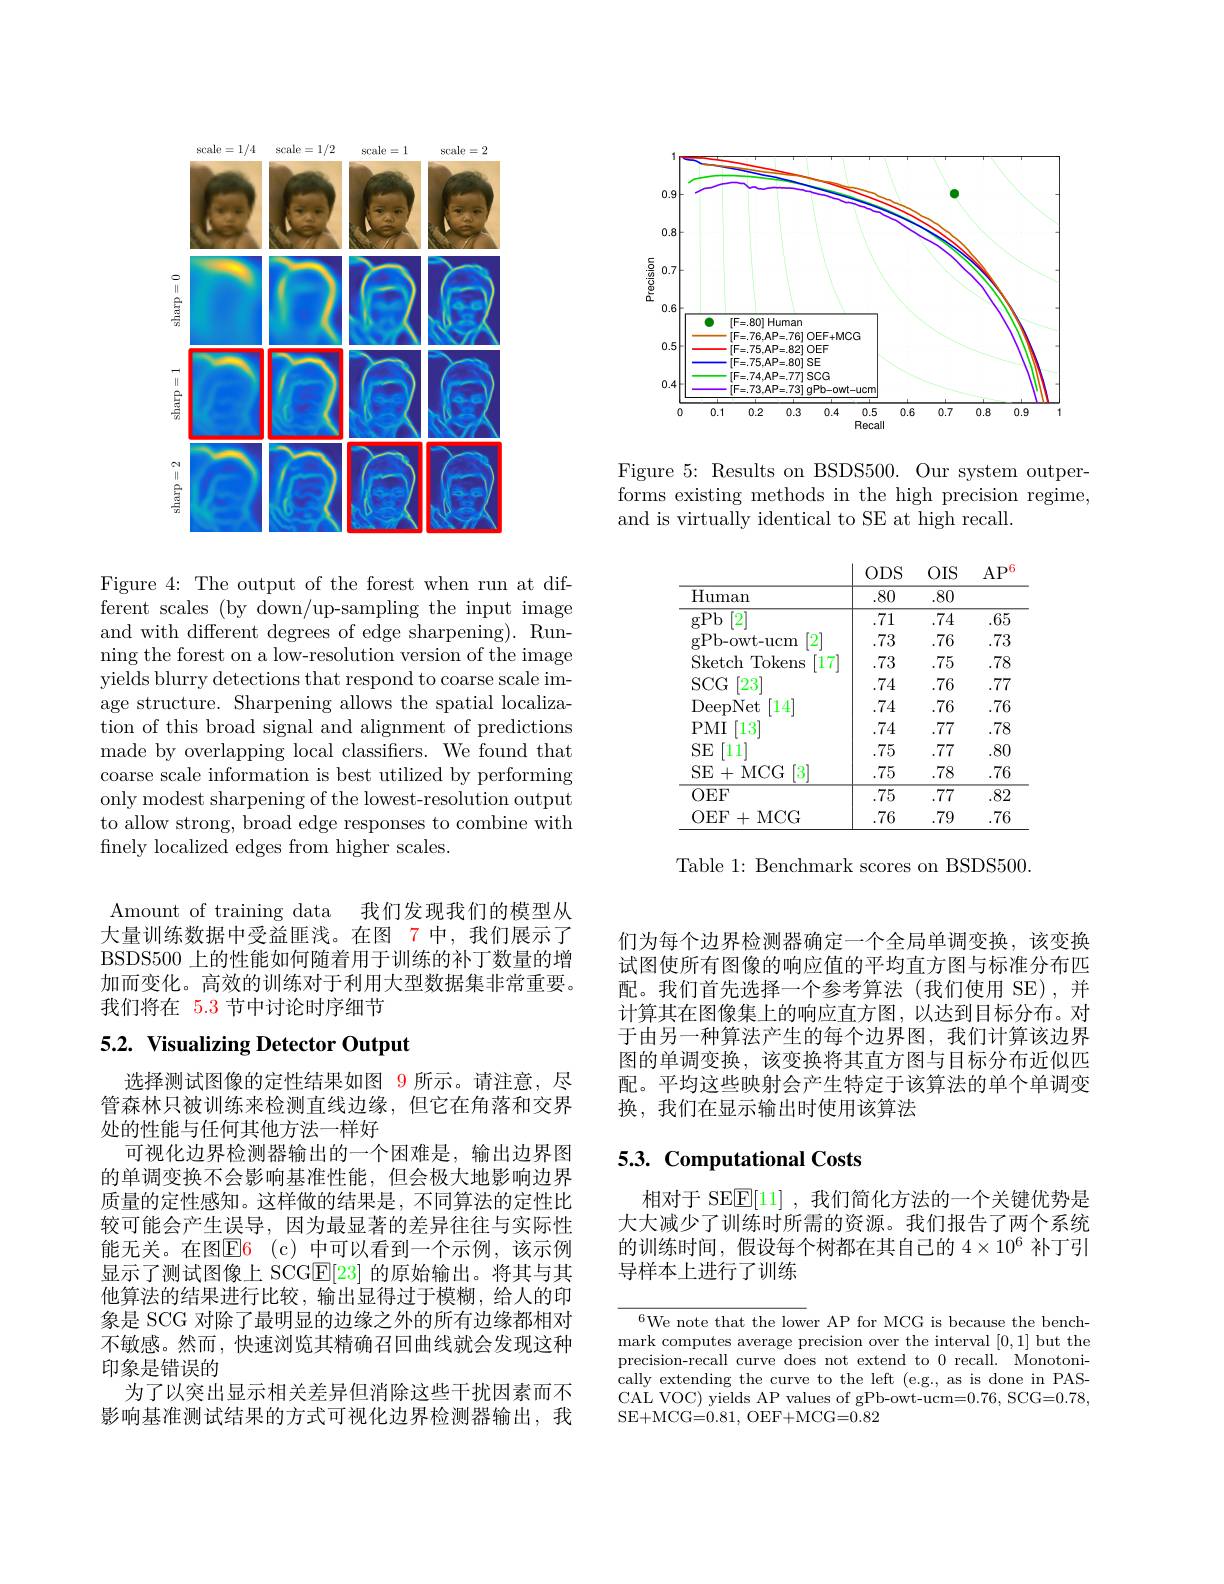
<FigureHere>

Figure 4: The output of the forest when run at different scales (by down/up-sampling the input image and with different degrees of edge sharpening). Running the forest on a low-resolution version of the image yields blurry detections that respond to coarse scale image structure. Sharpening allows the spatial localization of this broad signal and alignment of predictions made by overlapping local classifiers. We found that coarse scale information is best utilized by performing only modest sharpening of the lowest-resolution output to allow strong, broad edge responses to combine with finely localized edges from higher scales.

Amount of training data 我们发现我们的模型从大量训练数据中受益匪浅。在图 7 中，我们展示了BSDS500 上的性能如何随着用于训练的补丁数量的增加而变化。高效的训练对于利用大型数据集非常重要。我们将在 5.3 节中讨论时序细节

## 5.2. Visualizing Detector Output

选择测试图像的定性结果如图 9 所示。请注意，尽管森林只被训练来检测直线边缘，但它在角落和交界处的性能与任何其他方法一样好
可视化边界检测器输出的一个困难是，输出边界图的单调变换不会影响基准性能，但会极大地影响边界质量的定性感知。这样做的结果是，不同算法的定性比较可能会产生误导，因为最显著的差异往往与实际性能无关。在图E6 $( c)$ 中可以看到一个示例，该示例显示了测试图像上 SCG$\mathbb{E}[23]$的原始输出。将其与其他算法的结果进行比较，输出显得过于模糊，给人的印象是 SCG 对除了最明显的边缘之外的所有边缘都相对不敏感。然而，快速浏览其精确召回曲线就会发现这种印象是错误的
为了以突出显示相关差异但消除这些干扰因素而不影响基准测试结果的方式可视化边界检测器输出，我

<FigureHere>

Figure 5: Results on BSDS500. Our system outperforms existing methods in the high precision regime, and is virtually identical to SE at high recall.

<table>
	<tbody>
		<tr>
			<th> </th>
			<th>$ODS$</th>
			<th>$OIS$</th>
			<th>AP</th>
		</tr>
		<tr>
			<td>$\operatorname{Human}$</td>
			<td>.80</td>
			<td>.80</td>
			<td> </td>
		</tr>
		<tr>
			<td>gPb $[2^{\prime}]$</td>
			<td>.71</td>
			<td>.74</td>
			<td>65</td>
		</tr>
		<tr>
			<td>gPb- owt- ucm 2</td>
			<td>.73</td>
			<td>.76</td>
			<td>73</td>
		</tr>
		<tr>
			<td>Sketch $\textbf{Tokens}$ $17^{*}$</td>
			<td>.73</td>
			<td>.75</td>
			<td>78</td>
		</tr>
		<tr>
			<td>$SCG$ $[23^{'}$</td>
			<td>.74</td>
			<td>.76</td>
			<td>77</td>
		</tr>
		<tr>
			<td>DeepNet 14</td>
			<td>.74</td>
			<td>.76</td>
			<td>.76</td>
		</tr>
		<tr>
			<td>$PMI$ 13</td>
			<td>.74</td>
			<td>.77</td>
			<td>78</td>
		</tr>
		<tr>
			<td>SE '11'</td>
			<td>.75</td>
			<td>.77</td>
			<td>.80</td>
		</tr>
		<tr>
			<td>SE+MCG 3</td>
			<td>.75</td>
			<td>.78</td>
			<td>.76</td>
		</tr>
		<tr>
			<td>$OEF$</td>
			<td>.75</td>
			<td>.77</td>
			<td>.82</td>
		</tr>
		<tr>
			<td>OEF+MCG</td>
			<td>.76</td>
			<td>.79</td>
			<td>76</td>
		</tr>
	</tbody>
</table>

Table 1: Benchmark scores on BSDS500.

们为每个边界检测器确定一个全局单调变换，该变换试图使所有图像的响应值的平均直方图与标准分布匹配。我们首先选择一个参考算法(我们使用 SE),并计算其在图像集上的响应直方图，以达到目标分布。对于由另一种算法产生的每个边界图，我们计算该边界图的单调变换，该变换将其直方图与目标分布近似匹配。平均这些映射会产生特定于该算法的单个单调变换，我们在显示输出时使用该算法

# 5.3. Computational Costs

相对于 SE$\overline{\mathrm{E}}[11]$ ,我们简化方法的一个关键优势是大大减少了训练时所需的资源。我们报告了两个系统的训练时间，假设每个树都在其自己的$4\times10^6$补丁引导样本上进行了训练

$^{6}$We note that the lower AP for MCG is because the benchmark computes average precision over the interval [0,1] but the precision-recall curve does not extend to 0 recall. Monotonically extending the curve to the left (e.g., as is done in PASCAL VOC) yields AP values of gPb-owt-ucm=0.76, SCG=0.78, SE+MCG=0.81, OEF+MCG=0.82